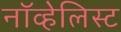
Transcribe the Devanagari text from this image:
नॉव्हेलिस्ट